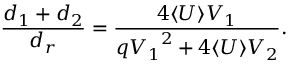
\frac { d _ { 1 } + d _ { 2 } } { d _ { r } } = \frac { 4 \langle { U } \rangle V _ { 1 } } { q { V _ { 1 } } ^ { 2 } + 4 \langle { U } \rangle V _ { 2 } } .